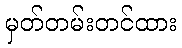
မှတ်တမ်းတင်ထား